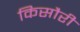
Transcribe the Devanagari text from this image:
किसौरी